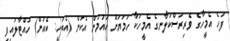
ފަހެ އެމީހާގެ ވެރިރަސްކަލާނގެ އެމީހަކާ ހަމަޔަށް އައުމުން އެކަން (އެބަހީ: ކެއުން) ހުއްޓާލައިފި